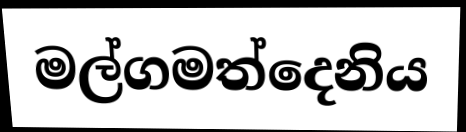
මල්ගමත්දෙනිය